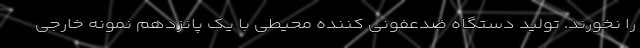
را نخورند. تولید دستگاه ضدعفونی کننده محیطی با یک پانزدهم نمونه خارجی